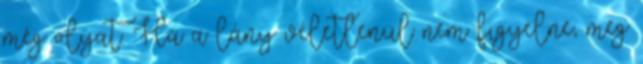
még olyat. Ha a lány véletlenül nem figyelne, meg